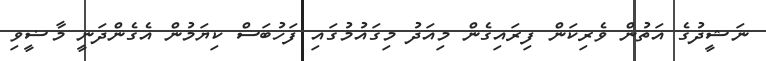
ނަޝީދުގެ އަތުން ވެރިކަން ފިރައިގެން މިއަދު މިގައުމުގައި ފަހުބަސް ކިޔަމުން އެގެންދަނީ މާޟީވި